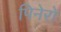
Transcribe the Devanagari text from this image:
पिनेरो